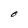
Character: O